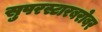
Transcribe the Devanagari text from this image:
सुपरस्टारबरोबर